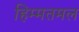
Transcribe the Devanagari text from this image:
हिम्मतमल